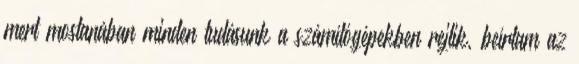
mert mostanában minden tudásunk a számítógépekben rejlik, beírtam az